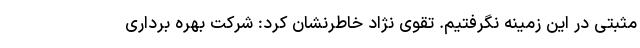
مثبتی در این زمینه نگرفتیم. تقوی نژاد خاطرنشان کرد: شرکت بهره برداری